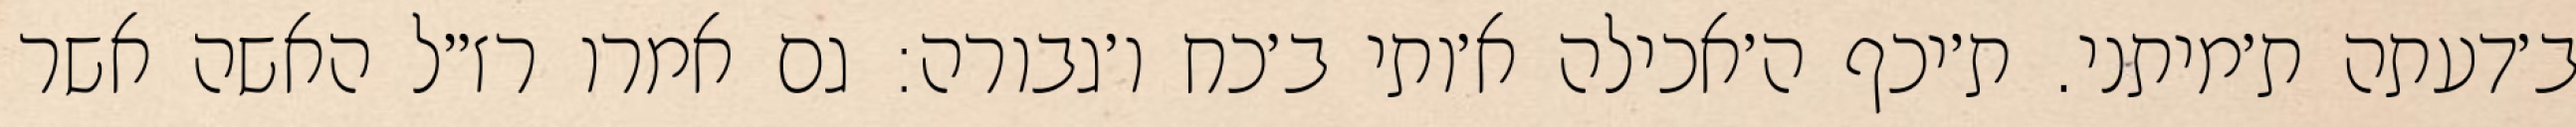
ב׳דעתה ת׳מיתני. ת׳יכף ה׳אכילה א׳ותי ב׳כח ו׳גבורה: גם אמרו רז״ל האשה אשר